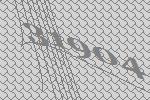
31904